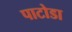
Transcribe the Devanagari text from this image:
पाटोडा